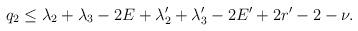
LaTeX: \begin{align*} q_2\le\lambda_2+\lambda_3-2E+\lambda_2'+\lambda_3'-2E'+2r'-2-\nu.\end{align*}